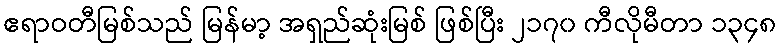
ဧရာဝတီမြစ်သည် မြန်မာ့ အရှည်ဆုံးမြစ် ဖြစ်ပြီး ၂၁၇၀ ကီလိုမီတာ ၁၃၄၈